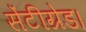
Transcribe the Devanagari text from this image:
सेंटीग्रेड।